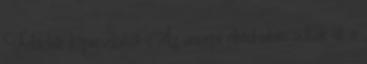
Felvidék képviselőitől. Az ünnepi ebéd után adták át a